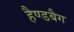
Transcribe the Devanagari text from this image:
हैण्डबैग